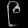
Digit: ၉